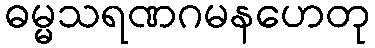
ဓမ္မသရဏဂမနဟေတု